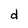
Character: d